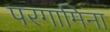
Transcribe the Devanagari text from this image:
परगामिना